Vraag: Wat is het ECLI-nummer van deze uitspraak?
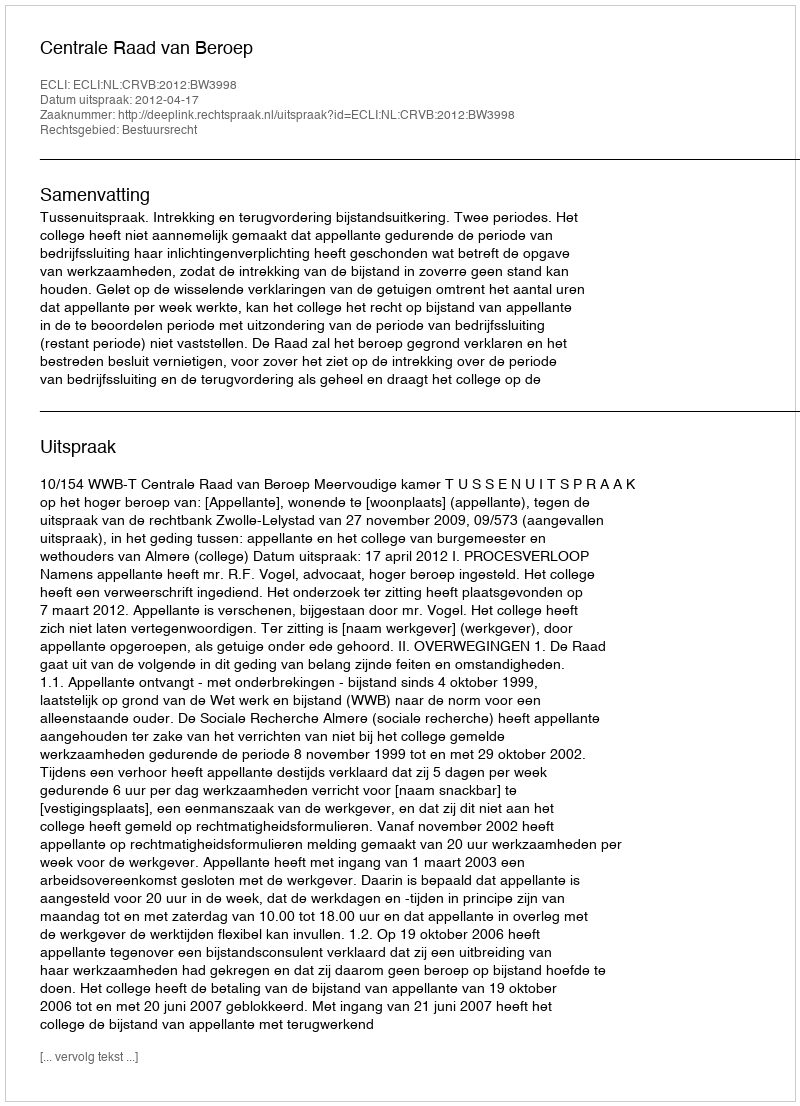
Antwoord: ECLI:NL:CRVB:2012:BW3998